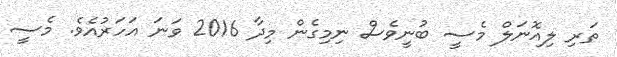
ތަރި ލިއޮނަލް މެސީ ބުނީވެސް ނިމިގެން މިދާ 2016 ވަނަ އަހަރުއެވެ. މެސީ